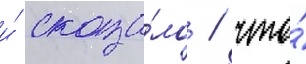
и́ сказа́ло / что́